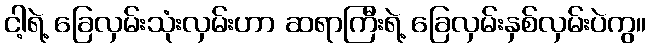
ငါ့ရဲ့ ခြေလှမ်းသုံးလှမ်းဟာ ဆရာကြီးရဲ့ ခြေလှမ်းနှစ်လှမ်းပဲကွ။